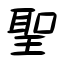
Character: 聖